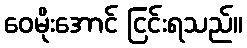
ဝေမိုးအောင် ငြင်းရသည်။